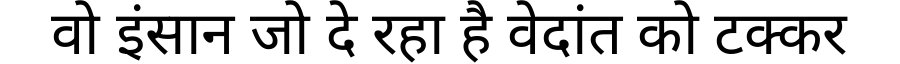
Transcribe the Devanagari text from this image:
वो इंसान जो दे रहा है वेदांत को टक्कर